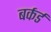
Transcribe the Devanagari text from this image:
बर्कर्ड